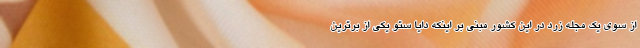
از سوی یک مجله زرد در این کشور مبنی بر اینکه دایا ستو یکی از برترین